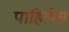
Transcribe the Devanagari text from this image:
पाहिलेस